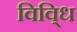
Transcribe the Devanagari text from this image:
विवि्ध